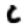
Digit: 6